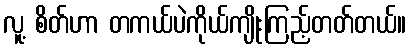
လူ့ စိတ်ဟာ တကယ်ပဲကိုယ်ကျိုးကြည့်တတ်တယ်။